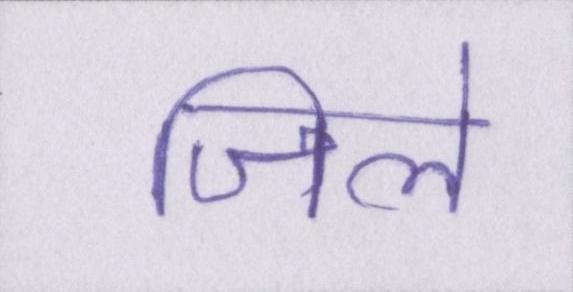
जिले